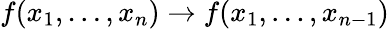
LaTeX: f(x_{1},\dots,x_{n})\to f(x_{1},\dots,x_{n-1})